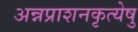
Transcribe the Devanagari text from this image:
अन्नप्राशनकृत्येषु